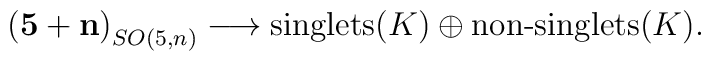
\mathbf{(5+n)}_{SO(5,n)}\longrightarrow \textrm{singlets}(K) \oplus \textrm{non-singlets}(K).